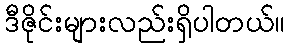
ဒီဇိုင်းများလည်းရှိပါတယ်။